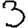
Digit: 3